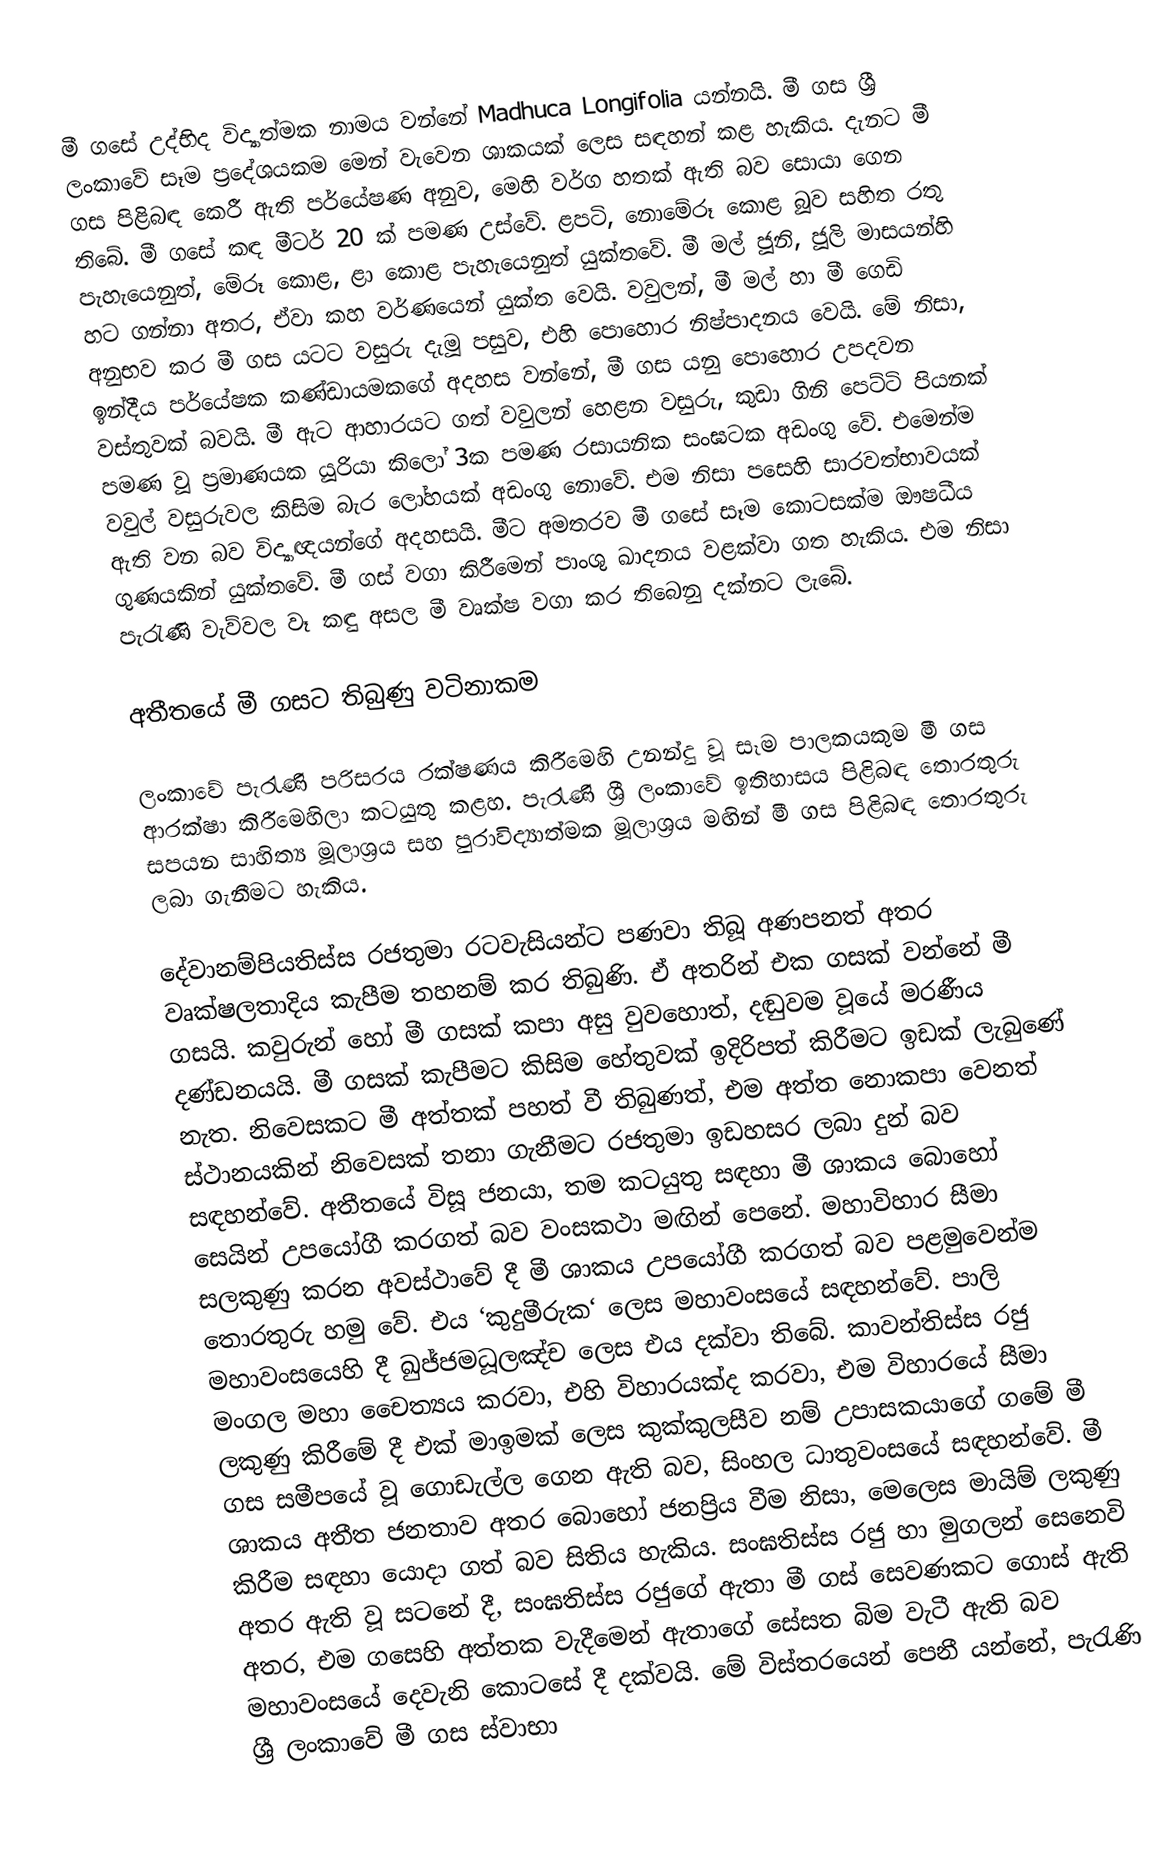
මී ගසේ උද්භිද විද්‍යාත්මක නාමය වන්නේ Madhuca Longifolia යන්නයි. මී ගස ශ්‍රී ලංකාවේ සෑම ප්‍රදේශයකම මෙන් වැවෙන ශාකයක් ලෙස සඳහන් කළ හැකිය. දැනට මී ගස පිළිබඳ කෙරී ඇති පර්යේෂණ අනුව, මෙහි වර්ග හතක් ඇති බව සොයා ගෙන තිබේ. මී ගසේ කඳ මීටර් 20 ක් පමණ උස්වේ. ළපටි, නොමේරූ කොළ බූව සහිත රතු පැහැයෙනුත්, මේරූ කොළ, ළා කොළ පැහැයෙනුත් යුක්තවේ. මී මල් ජූනි, ජූලි මාසයන්හි හට ගන්නා අතර, ඒවා කහ වර්ණයෙන් යුක්ත වෙයි. වවුලන්, මී මල් හා මී ගෙඩි අනුභව කර මී ගස යටට වසුරු දැමූ පසුව, එහි පොහොර නිෂ්පාදනය වෙයි. මේ නිසා, ඉන්දීය පර්යේෂක කණ්ඩායමකගේ අදහස වන්නේ, මී ගස යනු පොහොර උපදවන වස්තුවක් බවයි. මී ඇට ආහාරයට ගත් වවුලන් හෙළන වසුරු, කුඩා ගිනි පෙට්ටි පියනක් පමණ වූ ප්‍රමාණයක යූරියා කිලෝ 3ක පමණ රසායනික සංඝටක අඩංගු වේ. එමෙන්ම වවුල් වසුරුවල කිසිම බැර ලෝහයක් අඩංගු නොවේ. එම නිසා පසෙහි සාරවත්භාවයක් ඇති වන බව විද්‍යාඥයන්ගේ අදහසයි. මීට අමතරව මී ගසේ සෑම කොටසක්ම ඖෂධීය ගුණයකින් යුක්තවේ. මී ගස් වගා කිරීමෙන් පාංශු ඛාදනය වළක්වා ගත හැකිය. එම නිසා පැරැණි වැව්වල වෑ කඳු අසල මී වෘක්ෂ වගා කර තිබෙනු දක්නට ලැබේ.

අතීතයේ මී ගසට තිබුණු වටිනාකම

ලංකාවේ පැරැණි පරිසරය රක්ෂණය කිරීමෙහි උනන්දු වූ සෑම පාලකයකුම මී ගස ආරක්ෂා කිරීමෙහිලා කටයුතු කළහ. පැරැණි ශ්‍රී ලංකාවේ ඉතිහාසය පිළිබඳ තොරතුරු සපයන සාහිත්‍ය මූලාශ්‍රය සහ පුරාවිද්‍යාත්මක මූලාශ්‍රය මඟින් මී ගස පිළිබඳ තොරතුරු ලබා ගැනීමට හැකිය.

දේවානම්පියතිස්ස රජතුමා රටවැසියන්ට පණවා තිබූ අණපනත් අතර වෘක්ෂලතාදිය කැපීම තහනම් කර තිබුණි. ඒ අතරින් එක ගසක් වන්නේ මී ගසයි. කවුරුන් හෝ මී ගසක් කපා අසු වුවහොත්, දඬුවම වූයේ මරණීය දණ්ඩනයයි. මී ගසක් කැපීමට කිසිම හේතුවක් ඉදිරිපත් කිරීමට ඉඩක් ලැබුණේ නැත. නිවෙසකට මී අත්තක් පහත් වී තිබුණත්, එම අත්ත නොකපා වෙනත් ස්ථානයකින් නිවෙසක් තනා ගැනීමට රජතුමා ඉඩහසර ලබා දුන් බව සඳහන්වේ. අතීතයේ විසූ ජනයා, තම කටයුතු සඳහා මී ශාකය බොහෝ සෙයින් උපයෝගී කරගත් බව වංසකථා මඟින් පෙනේ. මහාවිහාර සීමා සලකුණු කරන අවස්ථාවේ දී මී ශාකය උපයෝගී කරගත් බව පළමුවෙන්ම තොරතුරු හමු වේ. එය ‘කුදුමීරුක‘ ලෙස මහාවංසයේ සඳහන්වේ. පාලි මහාවංසයෙහි දී ඛුජ්ජමධූලඤ්ච ලෙස එය දක්වා තිබේ. කාවන්තිස්ස රජු මංගල මහා චෛත්‍යය කරවා, එහි විහාරයක්ද කරවා, එම විහාරයේ සීමා ලකුණු කිරීමේ දී එක් මාඉමක් ලෙස කුක්කුලසීව නම් උපාසකයාගේ ගමේ මී ගස සමීපයේ වූ ගොඩැල්ල ගෙන ඇති බව, සිංහල ධාතුවංසයේ සඳහන්වේ. මී ශාකය අතීත ජනතාව අතර බොහෝ ජනප්‍රිය වීම නිසා, මෙලෙස මායිම් ලකුණු කිරීම සඳහා යොදා ගත් බව සිතිය හැකිය. සංඝතිස්ස රජු හා මුගලන් සෙනෙවි අතර ඇති වූ සටනේ දී, සංඝතිස්ස රජුගේ ඇතා මී ගස් සෙවණකට ගොස් ඇති අතර, එම ගසෙහි අත්තක වැදීමෙන් ඇතාගේ සේසත බිම වැටී ඇති බව මහාවංසයේ දෙවැනි කොටසේ දී දක්වයි. මේ විස්තරයෙන් පෙනී යන්නේ, පැරැණි ශ්‍රී ලංකාවේ මී ගස ස්වාභා